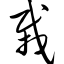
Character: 栽